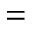
=